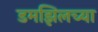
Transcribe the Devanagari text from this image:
डमझिलच्या